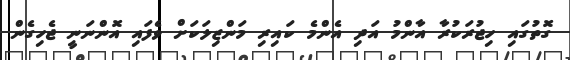
ގޮތުގައި ހިޖުރަކުރާ އާންމު އަދި އެންމެ ކައިރި މަންޒިލަކަށް ވެފައި އޮންނަނީ ޖެހިގެން